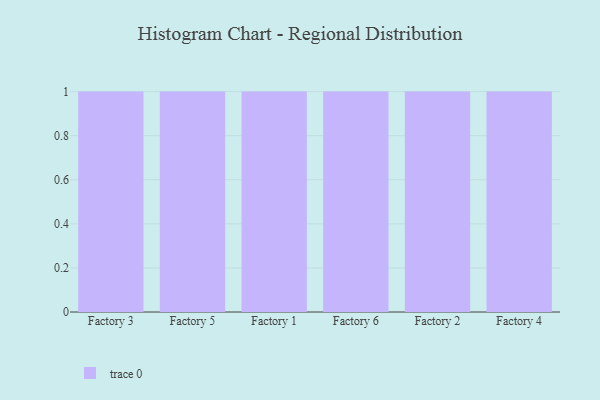
{"axis": {"x": "Factory", "y": "Backlog"}, "legend": [""], "data": [{"x": "Factory 3", "y": 12, "type": ""}, {"x": "Factory 5", "y": 56, "type": ""}, {"x": "Factory 1", "y": 32, "type": ""}, {"x": "Factory 6", "y": 26, "type": ""}, {"x": "Factory 2", "y": 10, "type": ""}, {"x": "Factory 4", "y": 17, "type": ""}]}